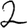
Digit: 2